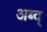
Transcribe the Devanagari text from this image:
अब्द्